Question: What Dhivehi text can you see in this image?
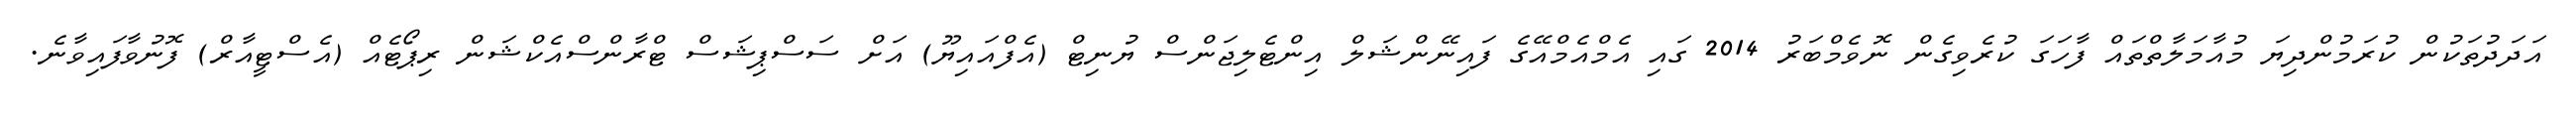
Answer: އަދަދުތަކުން ކުރަމުންދިޔަ މުއާމަލާތްތައް ފާހަގަ ކުރެވިގެން ނޮވެމްބަރު 2014 ގައި އެމްއެމްއޭގެ ފައިނޭންޝަލް އިންޓެލިޖަންސް ޔުނިޓް (އެފްއައިޔޫ) އަށް ސަސްޕިޝަސް ޓްރާންސްއެކްޝަން ރިޕޯޓެއް (އެސްޓީއާރް) ފޮނުވާފައިވާނެ.